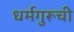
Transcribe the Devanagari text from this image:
धर्मगुरूची